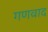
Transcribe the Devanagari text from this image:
गणवाद